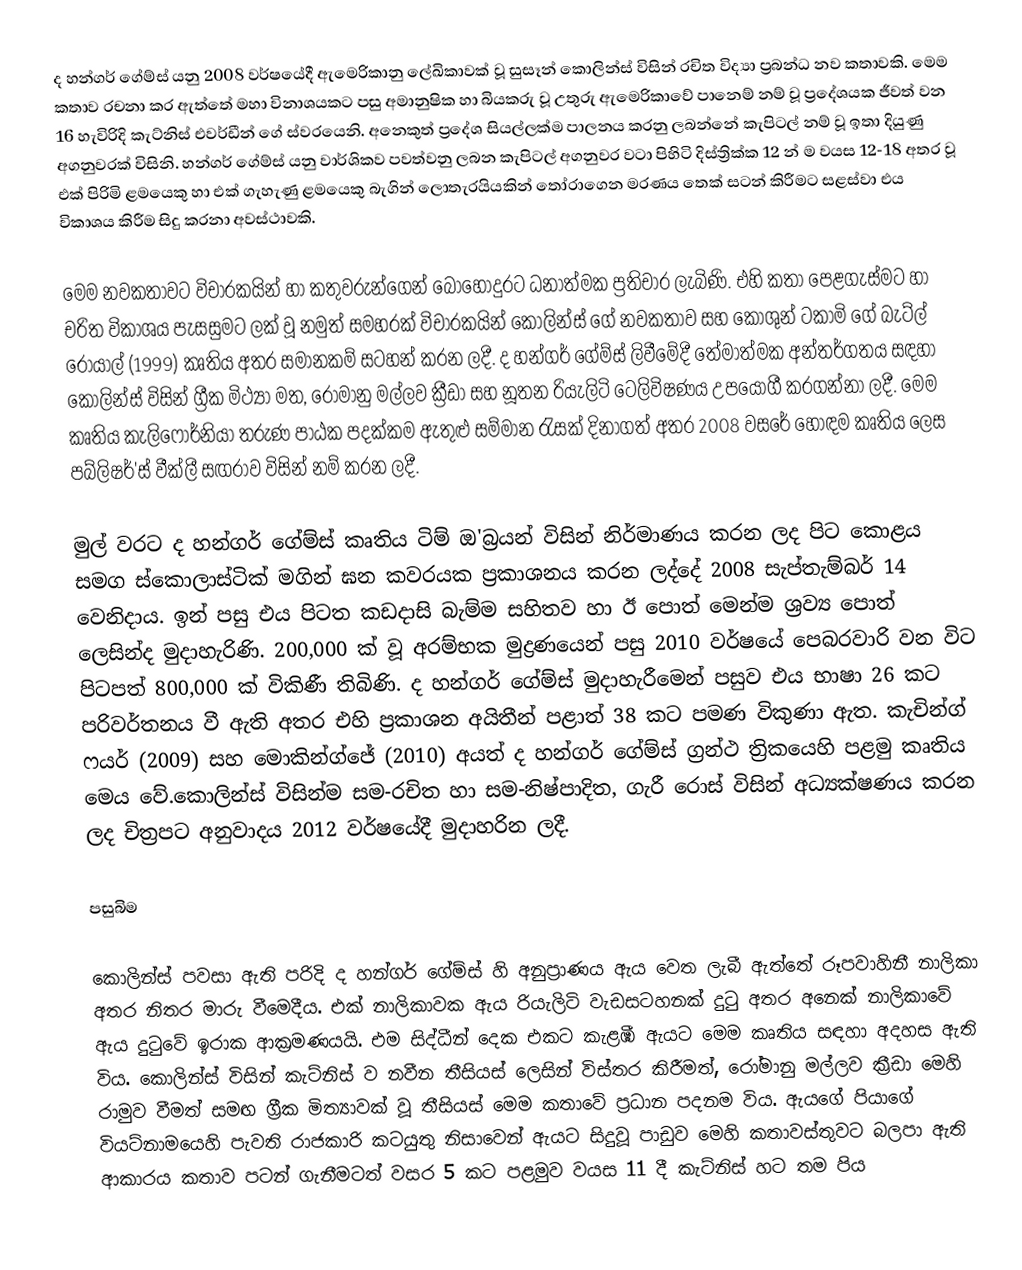
ද හන්ගර් ගේම්ස් යනු 2008 වර්ෂයේදී ඇමෙරිකානු ලේඛිකාවක් වූ සුසෑන් කොලින්ස් විසින් රචිත විද්‍යා ප්‍රබන්ධ නව කතාවකි. මෙම කතාව රචනා කර ඇත්තේ මහා විනාශයකට පසු අමානුෂික හා බියකරු වූ උතුරු ඇමෙරිකාවේ පානෙම් නම් වූ ප්‍රදේශයක ජීවත් වන 16 හැවිරිදි කැට්නිස් එවර්ඩීන් ගේ ස්වරයෙනි. අනෙකුත් ප්‍රදේශ සියල්ලක්ම පාලනය කරනු ලබන්නේ කැපිටල් නම් වූ ඉතා දියුණු අගනුවරක් විසිනි. හන්ගර් ගේම්ස් යනු වාර්ශිකව පවත්වනු ලබන කැපිටල් අගනුවර වටා පිහිටි දිස්ත්‍රික්ක 12 න් ම වයස 12-18 අතර වූ එක් පිරිමි ළමයෙකු හා එක් ගැහැණු ළමයෙකු බැගින් ලොතැරයියකින් තෝරාගෙන මරණය තෙක් සටන් කිරීමට සළස්වා එය විකාශය කිරීම සිදු කරනා අවස්ථාවකි.

මෙම නවකතාවට විචාරකයින් හා කතුවරුන්ගෙන් බොහෝදුරට ධනාත්මක ප්‍රතිචාර ලැබිණි. එහි කතා පෙළගැස්මට හා චරිත විකාශය පැසසුමට ලක් වූ නමුත් සමහරක් විචාරකයින් කොලින්ස් ගේ නවකතාව සහ කොශුන් ටකාමි ගේ බැට්ල් රොයාල් (1999) කෘතිය අතර සමානකම් සටහන් කරන ලදී. ද හන්ගර් ගේම්ස් ලිවීමේදී තේමාත්මක අන්තර්ගතය සඳහා කොලින්ස් විසින් ග්‍රීක මිථ්‍යා මත, රෝමානු මල්ලව ක්‍රීඩා සහ නූතන රියැලිටි ටෙලිවිෂණය උපයෝගී කරගන්නා ලදී. මෙම කෘතිය කැලිෆෝර්නියා තරුණ පාඨක පදක්කම ඇතුළු සම්මාන රැසක් දිනාගත් අතර 2008 වසරේ හොඳම කෘතිය ලෙස පබ්ලිෂර්'ස් වීක්ලී සඟරාව විසින් නම් කරන ලදී.

මුල් වරට ද හන්ගර් ගේම්ස් කෘතිය ටිම් ඔ'බ්‍රයන් විසින් නිර්මාණය කරන ලද පිට කොළය සමග ස්කොලාස්ටික් මගින් ඝන කවරයක ප්‍රකාශනය කරන ලද්දේ 2008 සැප්තැම්බර් 14 වෙනිදාය. ඉන් පසු එය පිටත කඩදාසි බැම්ම සහිතව හා ඊ පොත් මෙන්ම ශ්‍රව්‍ය පොත් ලෙසින්ද මුදාහැරිණි. 200,000 ක් වූ අරම්භක මුද්‍රණයෙන් පසු 2010 වර්ෂයේ පෙබරවාරි වන විට පිටපත් 800,000 ක් විකිණී තිබිණි. ද හන්ගර් ගේම්ස් මුදාහැරීමෙන් පසුව එය භාෂා 26 කට පරිවර්තනය වී ඇති අතර එහි ප්‍රකාශන අයිතීන් පළාත් 38 කට පමණ විකුණා ඇත. කැචින්ග් ෆයර් (2009) සහ මොකින්ග්ජේ (2010) අයත් ද හන්ගර් ගේම්ස් ග්‍රන්ථ ත්‍රිකයෙහි පළමු කෘතිය මෙය වේ.කොලින්ස් විසින්ම සම-රචිත හා සම-නිෂ්පාදිත, ගැරී රොස් විසින් අධ්‍යක්ෂණය කරන ලද චිත්‍රපට අනුවාදය  2012 වර්ෂයේදී මුදාහරින ලදී.

පසුබිම

කොලින්ස් පවසා ඇති පරිදි ද හන්ගර් ගේම්ස් හි අනුප්‍රාණය ඇය වෙත ලැබී ඇත්තේ රූපවාහිනී නාලිකා අතර නිතර මාරු වීමෙදීය. එක් නාලිකාවක ඇය රියැලිටි වැඩසටහනක් දුටු අතර අනෙක් නාලිකාවේ ඇය දුටුවේ ඉරාක ආක්‍රමණයයි. එම සිද්ධීන් දෙක එකට කැළඹී ඇයට මෙම කෘතිය සඳහා අදහස ඇති විය. කොලින්ස් විසින් කැට්නිස් ව නවීන තීසියස් ලෙසින් විස්තර කිරීමත්, රෝමානු මල්ලව ක්‍රීඩා මෙහි රාමුව වීමත් සමඟ ග්‍රීක මිත්‍යාවක් වූ තීසියස් මෙම කතාවේ ප්‍රධාන පදනම විය. ඇයගේ පියාගේ වියට්නාමයෙහි පැවති රාජකාරි කටයුතු නිසාවෙන් ඇයට සිදුවූ පාඩුව මෙහි කතාවස්තුවට  බලපා ඇති ආකාරය කතාව පටන් ගැනීමටත් වසර 5 කට පළමුව වයස 11 දී කැට්නිස් හට තම පිය